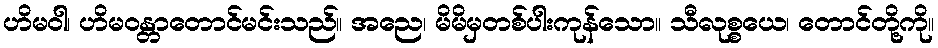
ဟိမဝါ၊ ဟိမဝန္တာတောင်မင်းသည်။ အညေ၊ မိမိမှတစ်ပါးကုန်သော။ သီလုစ္စယေ၊ တောင်တို့ကို။